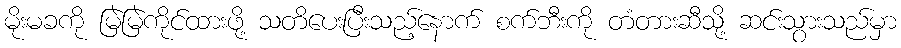
မိုးမခကို မြဲမြဲကိုင်ထားဖို့ သတိပေးပြီးသည့်နောက် စက်ဘီးကို တံတားဆီသို့ ဆင်းသွားသည်မှာ